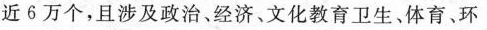
近6万个，且涉及政治、经济、文化教育卫生、体育、环